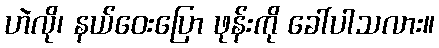
ဟဲလို၊ နယ်ဝေးပြော ဖုန်းကို ခေါ်ပါသလား။